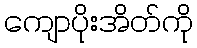
ကျောပိုးအိတ်ကို